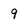
Character: 9